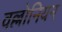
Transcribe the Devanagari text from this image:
वल्लोनियन